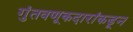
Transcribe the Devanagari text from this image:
गुंतवणूकदारांकडून